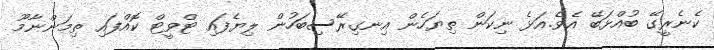
ކެނެރީގޭ ބުއްޅަބޭ އެވެ.އަޅެ ނިކަން ތިޔަހެން އިނގިރޭސިބަހުން ލިޔެފައި ޓްވީޓް ކޮއްފައި ތިމަންނާމޫ